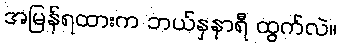
အမြန်ရထားက ဘယ်နှနာရီ ထွက်လဲ။